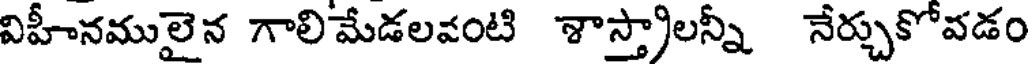
విహీనములైన గాలిమేడలవంటి శాస్త్రాలన్నీ నేర్చుకోవడం